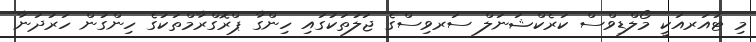
މި ޓުއަރއަކީ މޯލްޑިވްސް ކަރެކްޝަނަލް ސަރވިސްގެ ޖަލުތަކުގައި ހިންގާ ޕްރޮގްރާމްތަކުގެ ހިންގުން ހަރުދަނާ